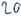
Text: 20